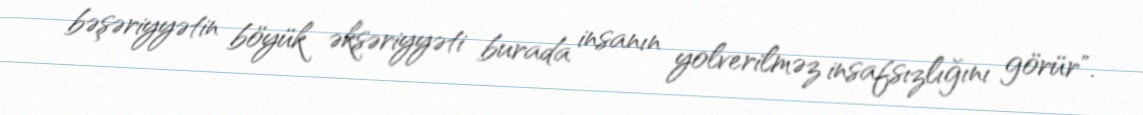
bəşəriyyətin böyük əksəriyyəti burada insanın yolverilməz insafsızlığını görür".